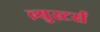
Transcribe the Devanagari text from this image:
ब्र्युस्टर्स